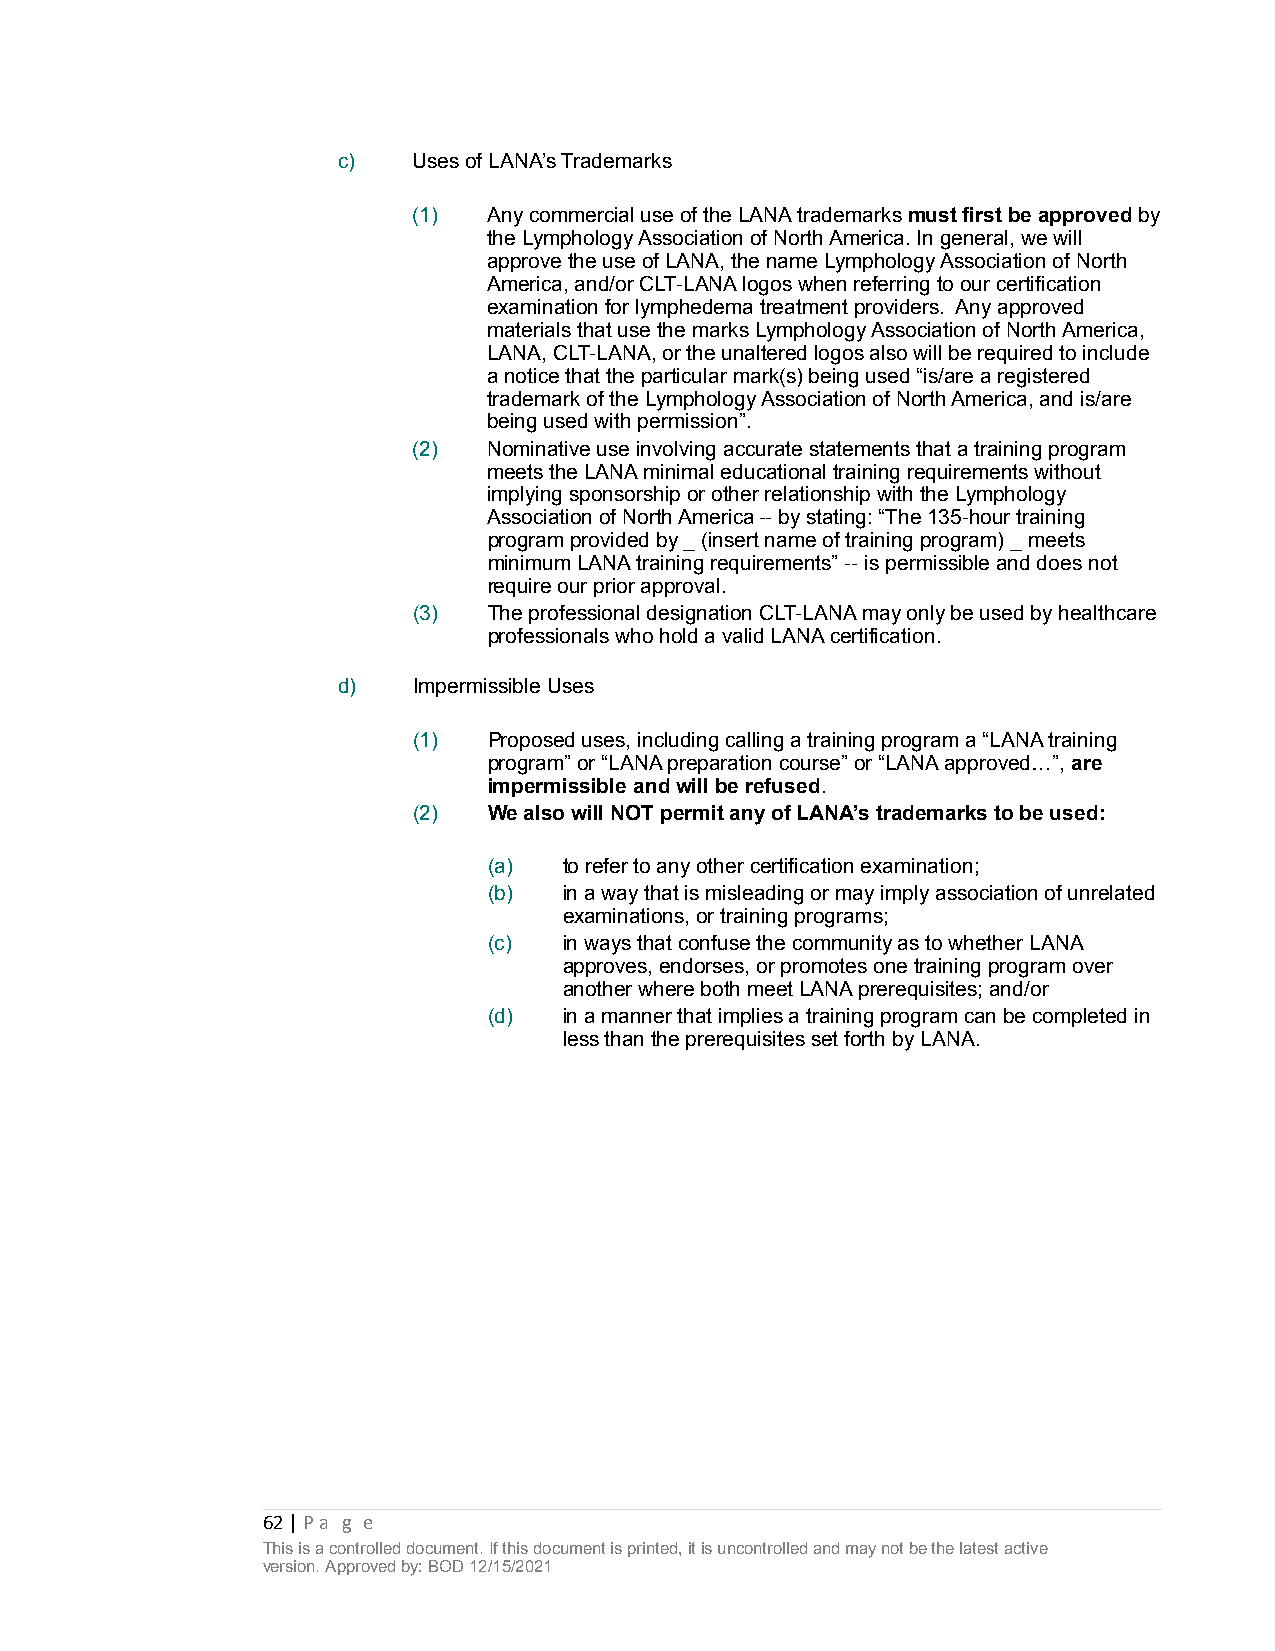
c)   Uses of LANA’s Trademarks
 (1)  Any commercial use of the LANA trademarks must first be approved by
 the Lymphology Association of North America. In general, we will
 approve the use of LANA, the name Lymphology Association of North
 America, and/or CLT-LANA logos when referring to our certification
 examination for lymphedema treatment providers. Any approved
 materials that use the marks Lymphology Association of North America,
 LANA, CLT-LANA, or the unaltered logos also will be required to include
 a notice that the particular mark(s) being used “is/are a registered
 trademark of the Lymphology Association of North America, and is/are
 being used with permission”.
 (2)  Nominative use involving accurate statements that a training program
 meets the LANA minimal educational training requirements without
 implying sponsorship or other relationship with the Lymphology
 Association of North America -- by stating: “The 135-hour training
 program provided by _ (insert name of training program) _ meets
 minimum LANA training requirements” -- is permissible and does not
 require our prior approval.
 (3)  The professional designation CLT-LANA may only be used by healthcare
 professionals who hold a valid LANA certification.
 d)   Impermissible Uses
 (1)  Proposed uses, including calling a training program a “LANA training
 program” or “LANA preparation course” or “LANA approved…”, are
 impermissible and will be refused.
 (2)  We also will NOT permit any of LANA’s trademarks to be used:
 (a)  to refer to any other certification examination;
 (b)  in a way that is misleading or may imply association of unrelated
 examinations, or training programs;
 (c)  in ways that confuse the community as to whether LANA
 approves, endorses, or promotes one training program over
 another where both meet LANA prerequisites; and/or
 (d)  in a manner that implies a training program can be completed in
 less than the prerequisites set forth by LANA.
 62 | Pa g e
 This is a controlled document. If this document is printed, it is uncontrolled and may not be the latest active
 version. Approved by: BOD 12/15/2021